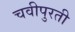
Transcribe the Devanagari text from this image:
चवीपुरती